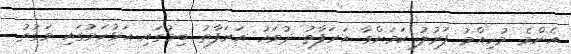
އެންމެ މުހިއްމު ފަރުލު ކަމަށްވާ އަރަފާތު ދުވަހު އަރަފާތު ބިމުގައި އަޅުކަމުގައި ވަގުތު